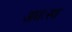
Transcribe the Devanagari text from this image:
अधःस्थ